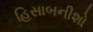
હિસાબનીશો